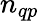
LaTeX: n_{qp}